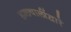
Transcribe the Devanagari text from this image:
हालचालींद्वारे